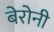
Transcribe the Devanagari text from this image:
बेरोनी